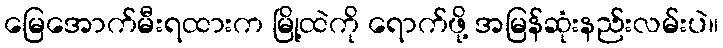
မြေအောက်မီးရထားက မြို့ထဲကို ရောက်ဖို့ အမြန်ဆုံးနည်းလမ်းပဲ။